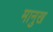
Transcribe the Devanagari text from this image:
मानुख